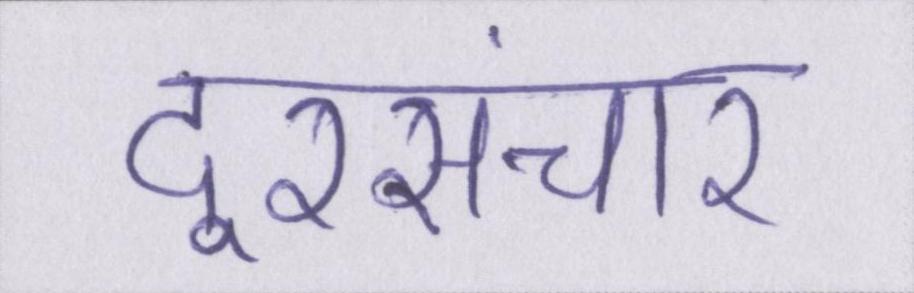
दूरसंचार